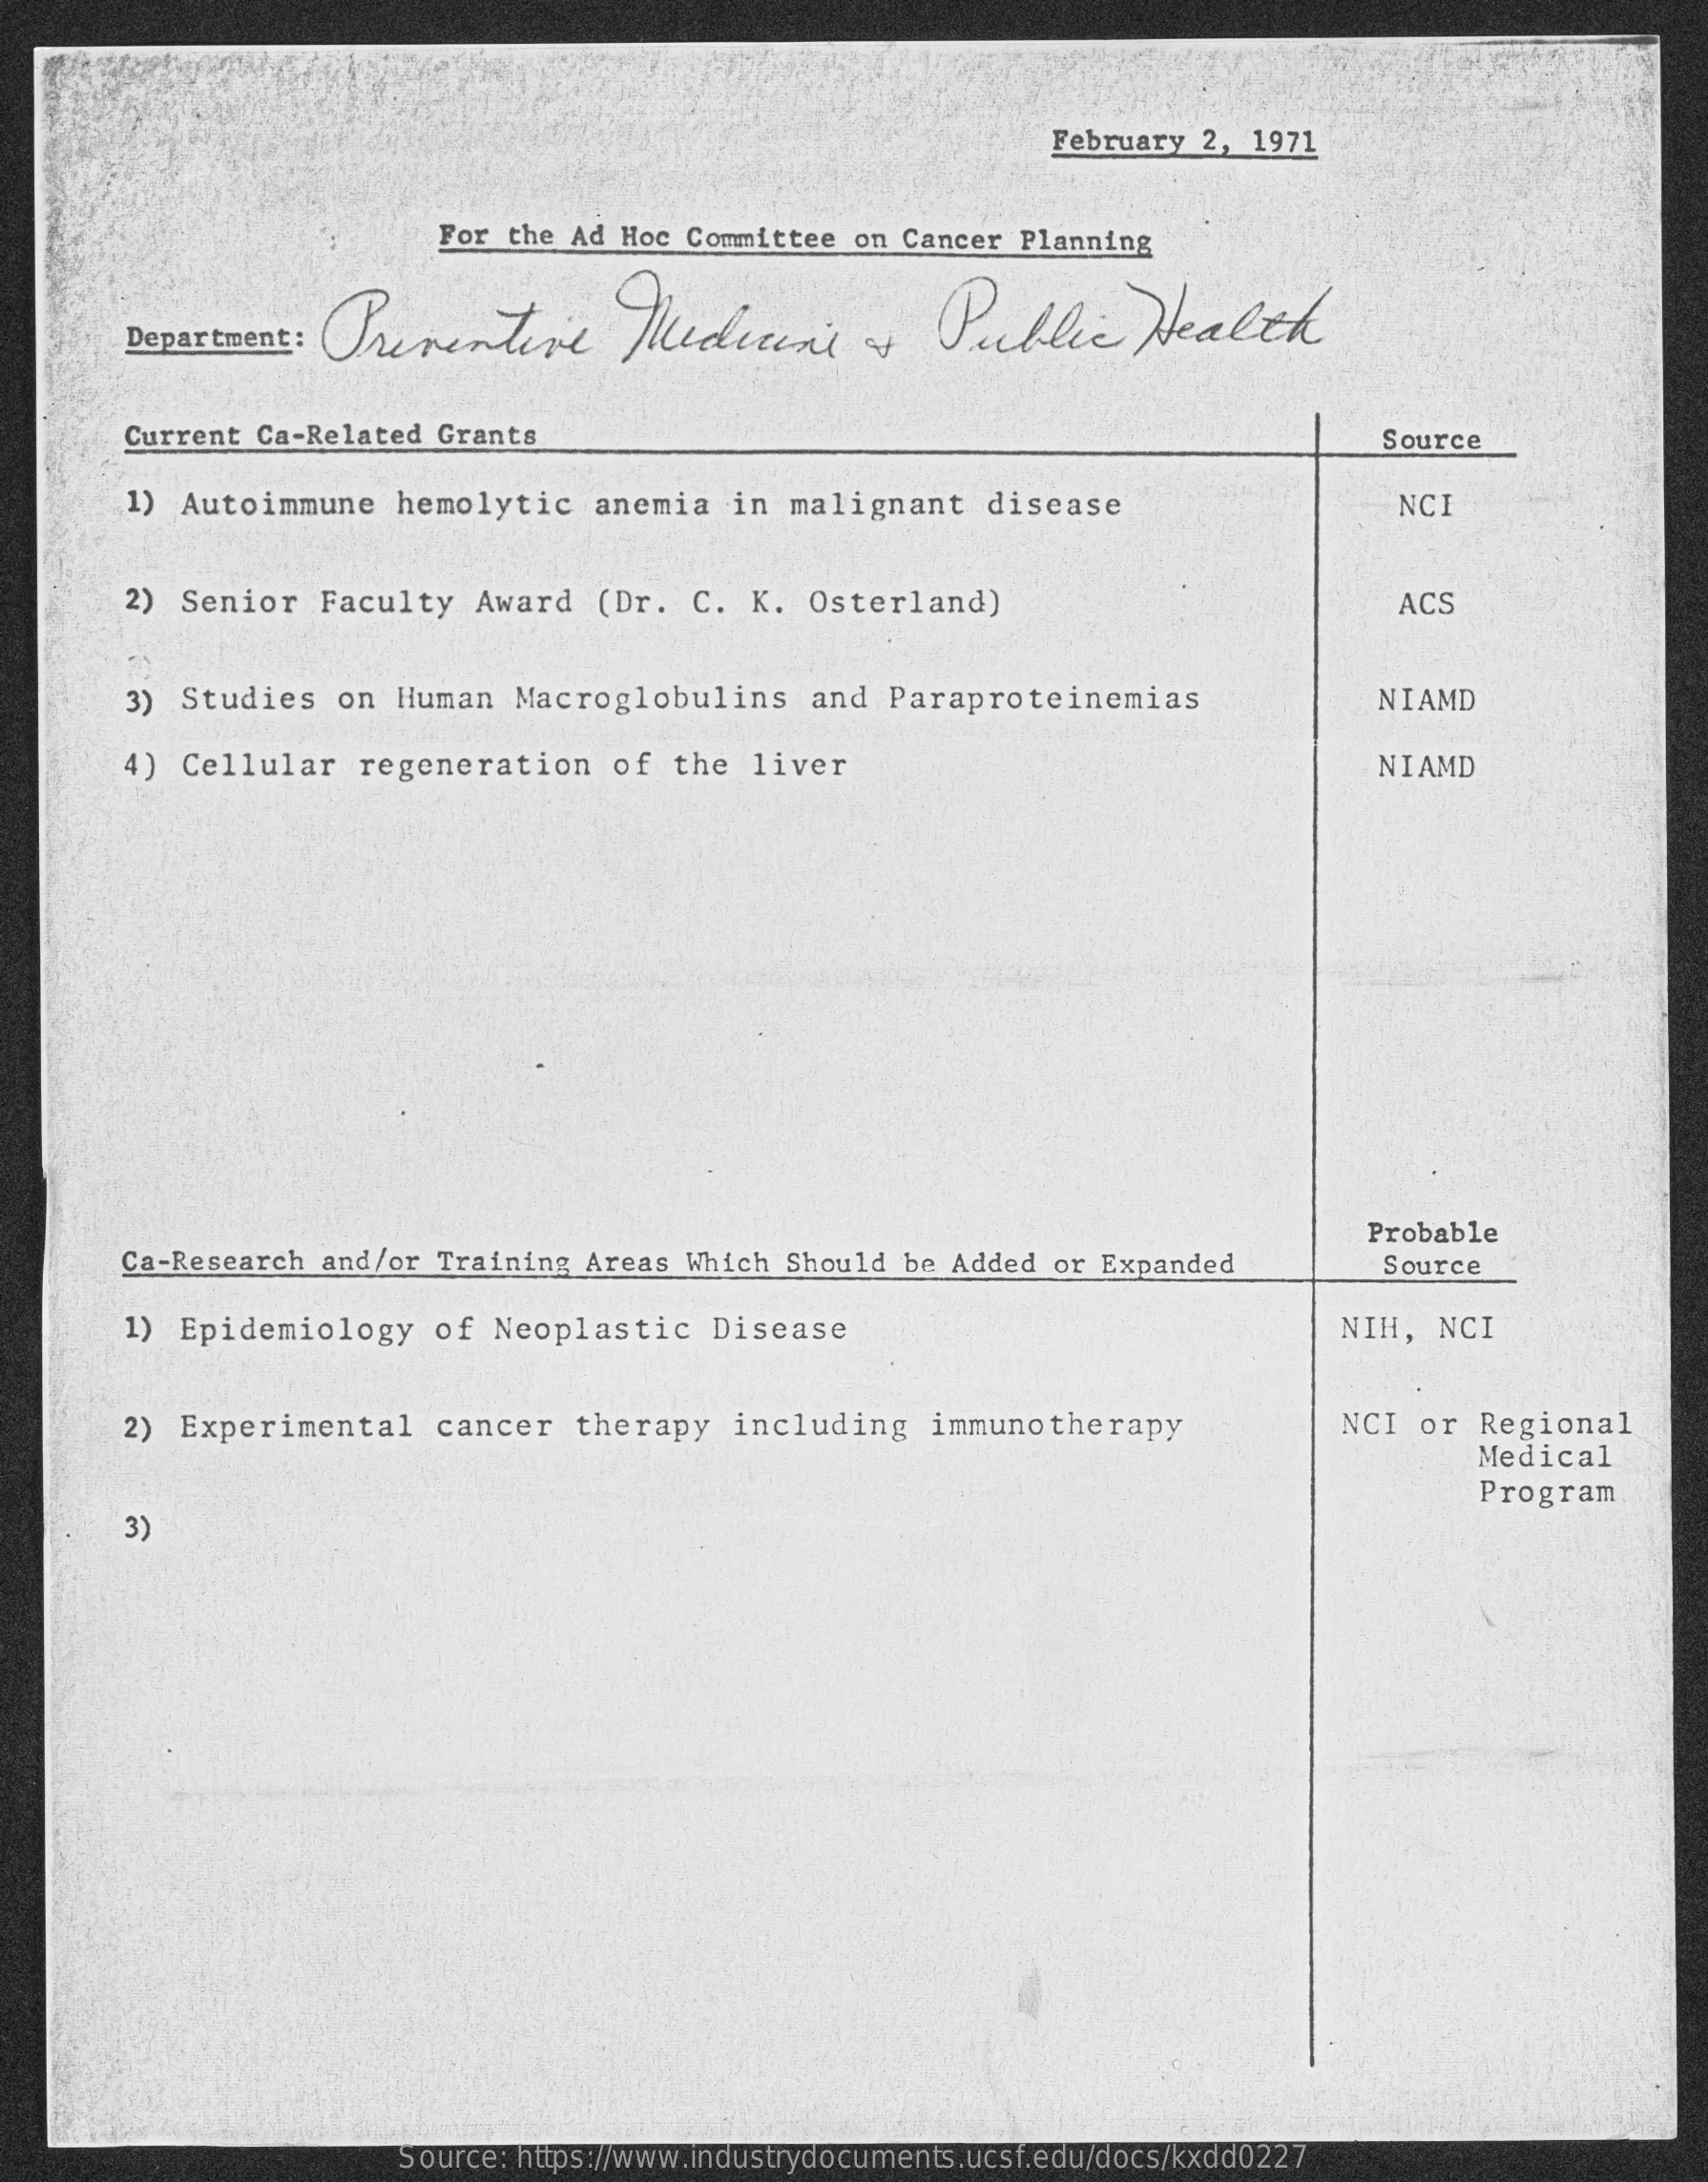
February 2, 1971
     For the Ad Hoc Committee on Cancer Planning
     Department: Preventive Medicine as Public Health
     Current Ca-Related Grants    Source
     1) Autoimmune hemolytic anemia in malignant disease NCI
     2) Senior Faculty Award (Dr. C. K. Osterland)    ACS
     3) Studies on Human Macroglobulins and Paraproteinemias NIAMD
     4) Cellular regeneration of the liver    NIAMD
     Ca-Research and/or Training Areas Which Should be Added or Expanded
     Probable
     Source
     1) Epidemiology of Neoplastic Disease    NIH, NCI
     2) Experimental cancer therapy including immunotherapy NCI or Regional
     Medical
     3)
     Program
     Source: https://www.industrydocuments.ucsf.edu/docs/kxdd0227